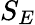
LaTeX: S_{E}